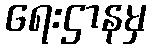
ရေးဌာနမှ